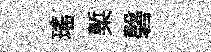
瑶槧磬